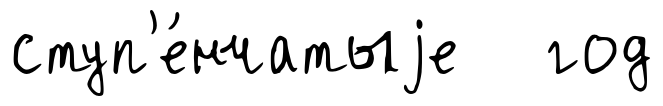
ступ'е́нчатыjе год